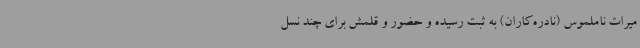
میراث ناملموس (نادره‌کاران) به ‌ثبت رسیده و حضور و قلمش برای چند نسل